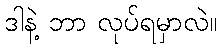
ဒါနဲ့ ဘာ လုပ်ရမှာလဲ။